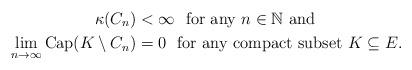
LaTeX: \begin{align*} \kappa(C_n)&<\infty\ \ {\rm for\ any}\ n\in\mathbb{N}\ {\rm and}\\ \lim_{n\to\infty}{\rm Cap}(K\setminus C_n)&=0\ \ {\rm for\ any\ compact\ subset}\ K\subseteq E. \end{align*}